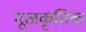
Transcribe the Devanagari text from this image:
भूअकृतिक